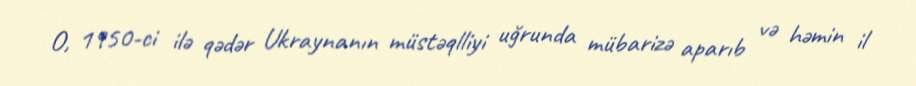
O, 1950-ci ilə qədər Ukraynanın müstəqlliyi uğrunda mübarizə aparıb və həmin il